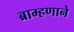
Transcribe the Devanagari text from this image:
ब्राम्हणाने